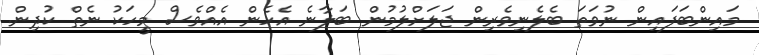
މައިންބަފައިން ނުވަތަ ބެލެނިވެރިން ޖަލަށްލުމުން ބަލާނެ އެހެން އެއްވެސް މީހަކު ނެތް ކުދިން.